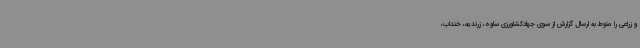
و زراعی را منوط به ارسال گزارش از سوی جهادکشاورزی ساوه، زرندیه، خنداب،